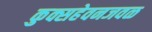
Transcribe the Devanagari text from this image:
कुक्सहेवनजवळ